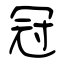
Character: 冠